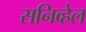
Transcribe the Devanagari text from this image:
सनिव्हेल